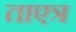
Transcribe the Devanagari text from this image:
ताएत्र